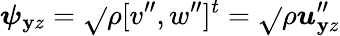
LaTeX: \boldsymbol{\psi}_{\mathbf{y}z}=\sqrt{}{{\rho}}[v^{\prime\prime},w^{\prime\prime}]^{t}=\sqrt{}{{\rho}}\boldsymbol{u}_{\mathbf{y}z}^{\prime\prime}